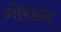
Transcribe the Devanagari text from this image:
गोरडन